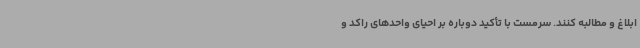
ابلاغ و مطالبه کنند. سرمست با تأکید دوباره بر احیای واحدهای راکد و